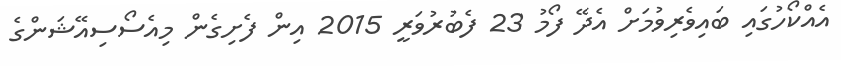
އެއްކޯހުގައި ބައިވެރިވުމަށް އެދޭ ފޯމު 23 ފެބުރުވަރީ 2015 އިން ފެށިގެން މިއެސޯސިއޭޝަންގެ